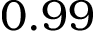
0 . 9 9